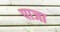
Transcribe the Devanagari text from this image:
पाजा